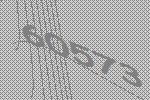
60573